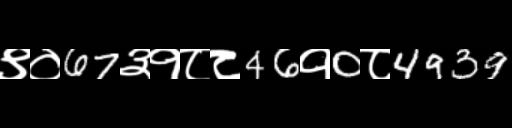
Text: ९०67३१८८46१0८4939